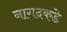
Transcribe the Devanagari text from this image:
नागदकडे